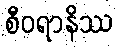
စီဝရာနိဿ